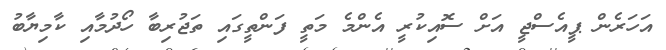
އަހަރެން ޕީއެސްޖީ އަށް ސޮއިކުރީ އެންމެ މަތީ ފަންތީގައި ތަޖުރިބާ ހޯދުމާއި ކާމިޔާބު